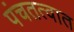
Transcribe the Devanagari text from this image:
पंचतत्वात